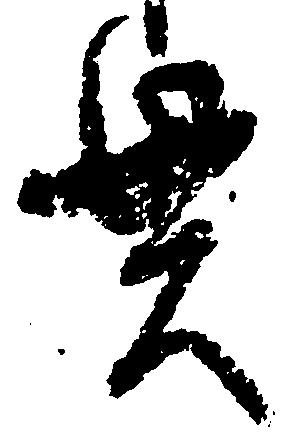
貫